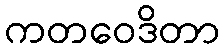
ကတဝေဒိတာ